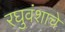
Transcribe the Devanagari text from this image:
रघुवंशाचे